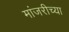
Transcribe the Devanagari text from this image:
मांजरीच्या